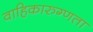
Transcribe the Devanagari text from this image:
वाहिकारुग्णता